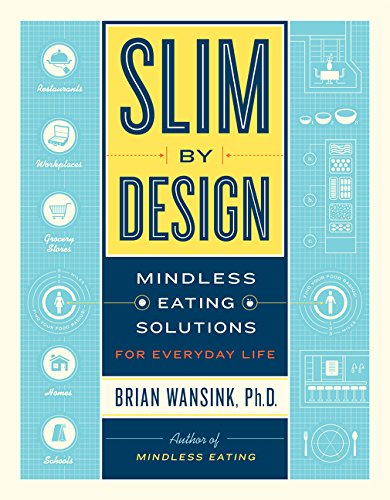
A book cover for Slim by Design: Mindless Eating Solutions for Everyday Life; Brian Wansink; Science & Math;